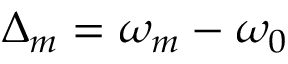
\Delta _ { m } = \omega _ { m } - \omega _ { 0 }